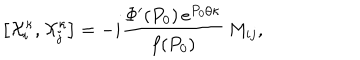
LaTeX: \left[ { \cal X } _ { i } ^ { \kappa } , { \cal X } _ { j } ^ { \kappa } \right] = - i \frac { \Phi ^ { \prime } ( P _ { 0 } ) \, e ^ { P _ { 0 } / \kappa } } { f ( P _ { 0 } ) } \, M _ { i j } ,